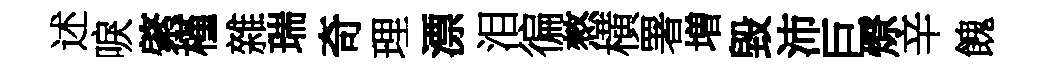
述唳綮槿雜瑞奇理漂泪徧憗横署増毀沛巨燎辛餽